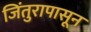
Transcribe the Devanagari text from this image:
जिंतुरापासून